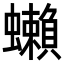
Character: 𧔣